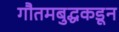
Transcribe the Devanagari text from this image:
गौतमबुद्धकडून